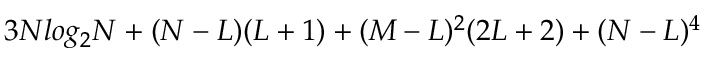
3 N l o g _ { 2 } N + ( N - L ) ( L + 1 ) + ( M - L ) ^ { 2 } ( 2 L + 2 ) + ( N - L ) ^ { 4 }